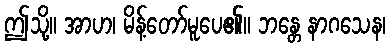
ဤသို့။ အာဟ၊ မိန့်တော်မူပေ၏။ ဘန္တေ နာဂသေန၊